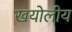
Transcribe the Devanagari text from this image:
खयोलीय